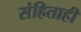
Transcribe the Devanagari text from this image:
संहिताही